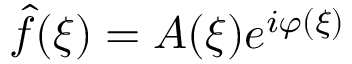
{ \hat { f } } ( \xi ) = A ( \xi ) e ^ { i \varphi ( \xi ) }